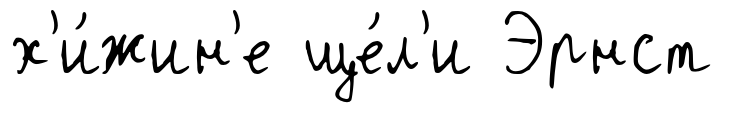
х'и́жин'е ще́л'и Эрнст